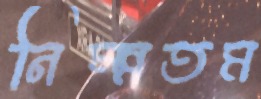
নিম্ন্নতম